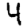
Digit: 4